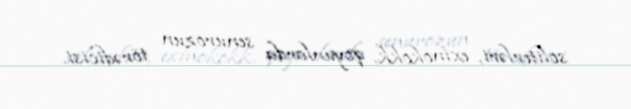
soliterləri, exinokokk, qoyunlarda senurozun törədicisi.